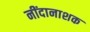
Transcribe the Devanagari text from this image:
नींदानाशक